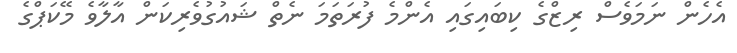
އެހެން ނަމަވެސް ރިޒްގެ ކިބައިގައި އެންމެ ފުރަތަމަ ނެތް ޝައުގުވެރިކަން އާލާވެ މޭކަޕްގެ